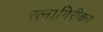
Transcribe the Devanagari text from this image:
रत्‍नागिरीकर